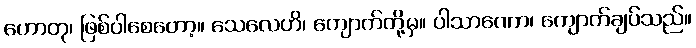
ဟောတု၊ ဖြစ်ပါစေတော့။ သေလေဟိ၊ ကျောက်တို့မှ။ ပါသာဏော၊ ကျောက်ချပ်သည်။